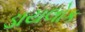
ડાયલોક